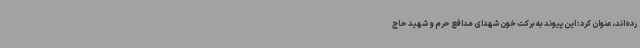
رده‌اند، عنوان کرد: این پیوند به برکت خون شهدای مدافع حرم و شهید حاج